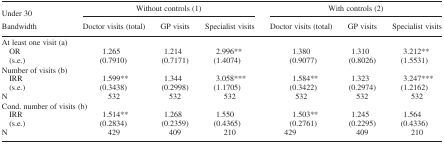
<table><thead><tr><td><b>Under 30</b></td><td colspan="3"><b>Without controls (1)</b></td><td colspan="3"><b>With controls (2)</b></td></tr><tr><td><b>Bandwidth</b></td><td><b>Doctor visits (total)</b></td><td><b>GP visits</b></td><td><b>Specialist visits</b></td><td><b>Doctor visits (total)</b></td><td><b>GP visits</b></td><td><b>Specialist visits</b></td></tr></thead><tbody><tr><td>At least one visit (a)</td><td></td><td></td><td></td><td></td><td></td><td></td></tr><tr><td>OR</td><td>1.265</td><td>1.214</td><td>2.996**</td><td>1.380</td><td>1.310</td><td>3.212**</td></tr><tr><td>(s.e.)</td><td>(0.7910)</td><td>(0.7171)</td><td>(1.4074)</td><td>(0.9077)</td><td>(0.8026)</td><td>(1.5531)</td></tr><tr><td>Number of visits (b)</td><td></td><td></td><td></td><td></td><td></td><td></td></tr><tr><td>IRR</td><td>1.599**</td><td>1.344</td><td>3.058***</td><td>1.584**</td><td>1.323</td><td>3.247***</td></tr><tr><td>(s.e.)</td><td>(0.3438)</td><td>(0.2998)</td><td>(1.1705)</td><td>(0.3422)</td><td>(0.2974)</td><td>(1.2162)</td></tr><tr><td>N</td><td>532</td><td>532</td><td>532</td><td>532</td><td>532</td><td>532</td></tr><tr><td colspan="2">Cond. number of visits (b)</td><td></td><td></td><td></td><td></td><td></td></tr><tr><td>IRR</td><td>1.514**</td><td>1.268</td><td>1.550</td><td>1.503**</td><td>1.245</td><td>1.564</td></tr><tr><td>(s.e.)</td><td>(0.2834)</td><td>(0.2359)</td><td>(0.4365)</td><td>(0.2761)</td><td>(0.2295)</td><td>(0.4336)</td></tr><tr><td>N</td><td>429</td><td>409</td><td>210</td><td>429</td><td>409</td><td>210</td></tr></tbody></table>